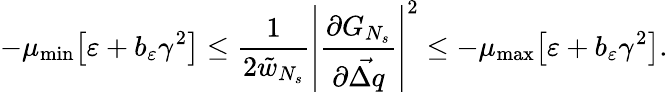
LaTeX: -\mu_{\mathrm{min}}\big[\varepsilon+b_{\varepsilon}\gamma^{2}\big]\leq\frac{1}{2\tilde{w}_{N_{s}}}\left\vert\frac{\partial G_{N_{s}}}{\partial\vec{\Delta q}}\right\vert^{2}\leq-\mu_{\mathrm{max}}\big[\varepsilon+b_{\varepsilon}\gamma^{2}\big].